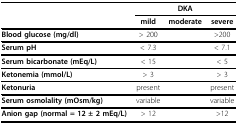
<table><thead><tr><td>[EMPTY_CELL]</td><td colspan="3"><b>DKA</b></td></tr><tr><td>[EMPTY_CELL]</td><td><b>mild</b></td><td><b>moderate</b></td><td><b>severe</b></td></tr></thead><tbody><tr><td><b>Blood glucose (mg/dl)</b></td><td>&gt; 200</td><td>[EMPTY_CELL]</td><td>&gt;200</td></tr><tr><td><b>Serum pH</b></td><td>&lt; 7.3</td><td>[EMPTY_CELL]</td><td>&lt; 7.1</td></tr><tr><td><b>Serum bicarbonate (mEq/L)</b></td><td>&lt; 15</td><td>[EMPTY_CELL]</td><td>&lt; 5</td></tr><tr><td><b>Ketonemia (mmol/L)</b></td><td>&gt; 3</td><td>[EMPTY_CELL]</td><td>&gt; 3</td></tr><tr><td><b>Ketonuria</b></td><td>present</td><td>[EMPTY_CELL]</td><td>present</td></tr><tr><td><b>Serum osmolality (mOsm/kg)</b></td><td>variable</td><td>[EMPTY_CELL]</td><td>variable</td></tr><tr><td><b>Anion gap (normal = 12 ± 2 mEq/L)</b></td><td>&gt; 12</td><td>[EMPTY_CELL]</td><td>&gt;12</td></tr></tbody></table>